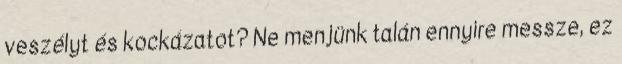
veszélyt és kockázatot? Ne menjünk talán ennyire messze, ez